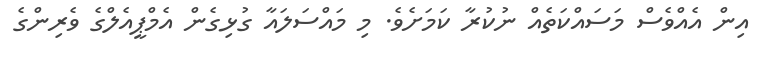
އިން އެއްވެސް މަސައްކަތެއް ނުކުރާ ކަމަށެވެ. މި މައްސަލައާ ގުޅިގެން އެމްޕީއެލްގެ ވެރިންގެ